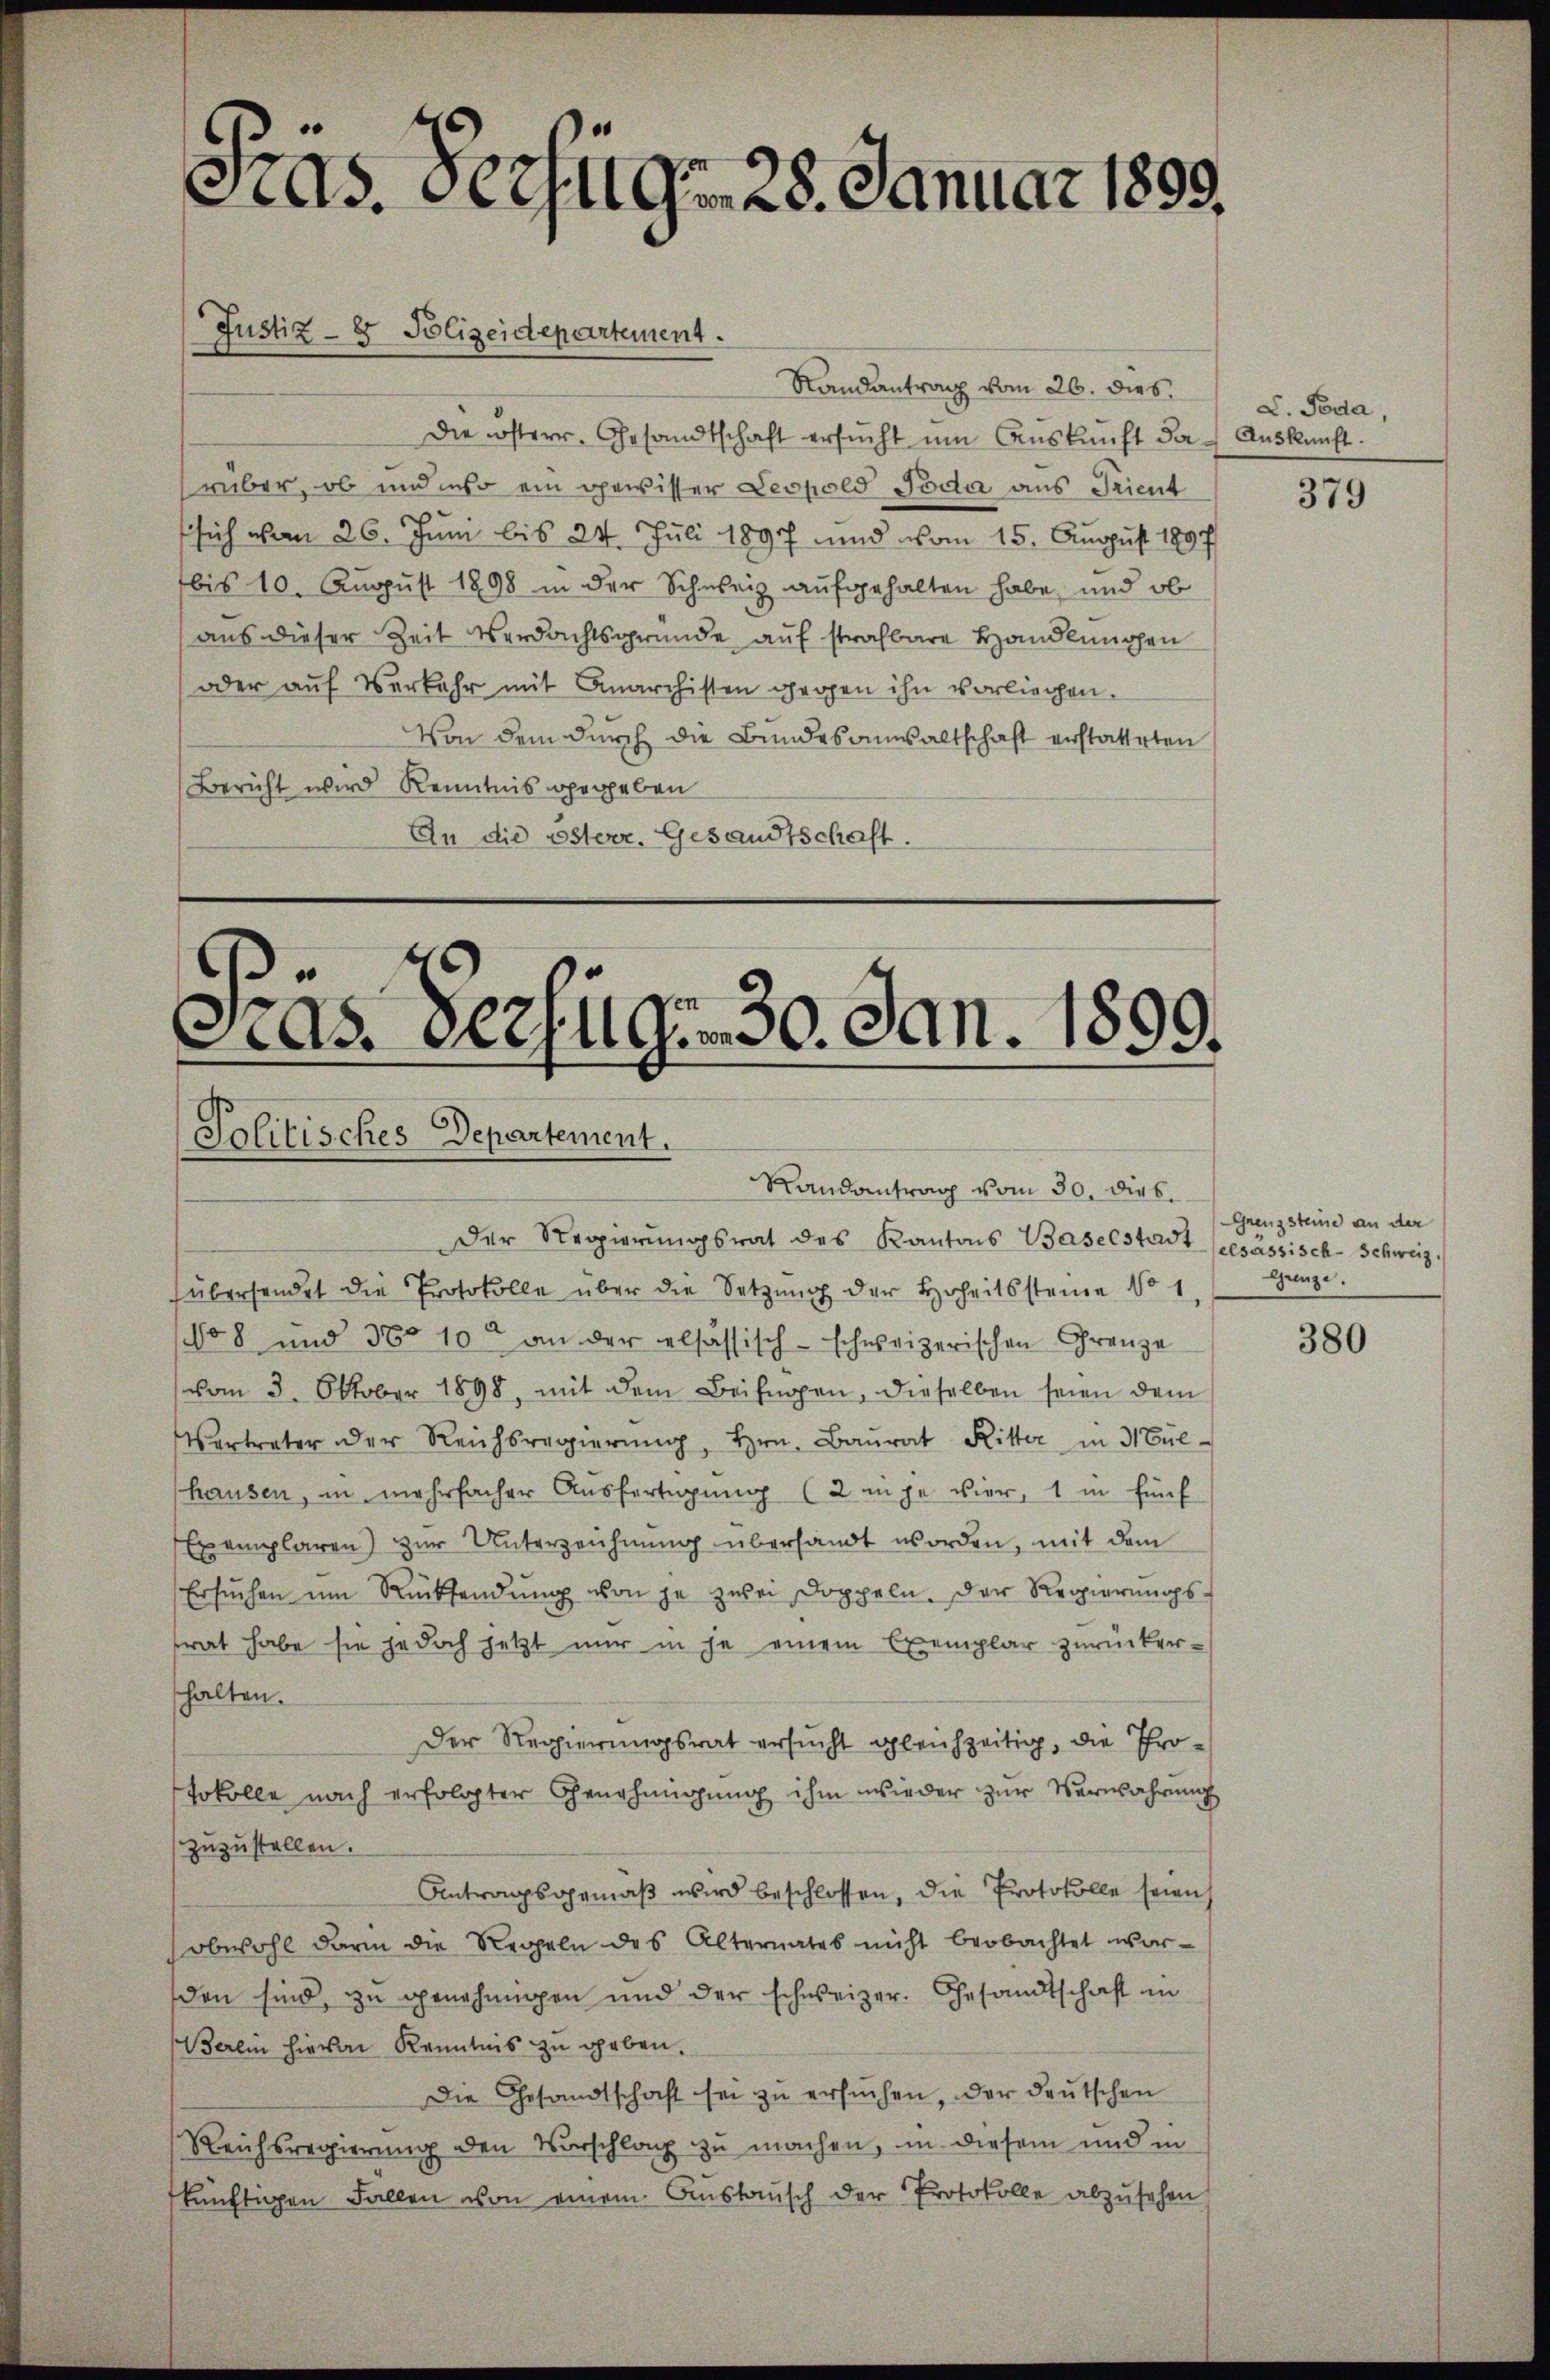
Randantrag vom 26. dies
Die Lösterr. Gesandtschaft ersŭcht ŭm Aŭskŭnft da Aŭskŭnft.
rüber, ob und wo ein gewisser Leopold Poda aus Trient
fsich von 26. Juni bis 24. Juli 1897 und vom 15. August 1897
bis 10. August 1898 in der Schweiz aufgehalten habe, und ob
aus dieser Zeit Verdachtsgründe auf strafbare Handlungen
oder auf Verkehr mit Anarchisten gegen ihn vorliegen.
Von dem durch die Bundesanwaltschaft erstatteten
Bericht wird Kenntnis gegeben
An die österr. Gesandtschaft.

Pras. Verfügen 28. Januar 1899.

Justiz - 8 Polizeidepartement.

e
Aas. Der Gr. 30. Jan. 1890.
Politisches Departement.

Randantrag vom 30. Dieb.
Der Regierŭngsrat des Kantons Baselstadt besässisch-Schweiz.
übersendet die Protokolle über die Setzung der Hoheitssteine No 1
(No 8 und 380 10 an der elsassisch-schweizerischen Grenze
vom 3. Oktober 1898, mit dem Beifügen, dieselben seien dem
Vertreter der Reichsregierŭng, Hrn. Baŭrat Ritter in 3 Gul-
hausen, in mehrfacher Ausfertigung (2 inge vier, 1 in fünf
Exemplaren) zur Unterzeichnung übersandt worden, mit dem
Ersŭchen ŭm Rücksendŭng von je zwei Doppeln. Der Regierŭngs-
trat habe sie jedoch jetzt nur in je einem Exemplar zurücker-
halten.
Der Regierungsrat ersucht gleichzeitig, die Protokolle nach erfolgter Genehmigung ihm wieder zur Verwahrung
zuzustellen.
Antragsgemäβ wird beschlossen, die Protokolle seien
sobwohl darin die Regeln des Alternates nicht beobachtet wor-
den sind, zu genehmigen und der schweizer. Gesandtschaft in
erlin hievon Kenntnis zu geben.
Die Gesandtschaft sei zŭ ersŭchen, der deutschen
Reichsregierung den Vorschlag zu machen, in diesem und in
künftigen Fallen von einem Anstausch der Protokolle abzŭsehen

L. Poda,

379

Grenzsteine an der
Grenze.

380